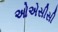
ઓએસીસી